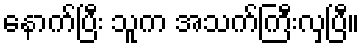
နောက်ပြီး သူက အသက်ကြီးလှပြီ။